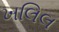
ખલિલ